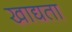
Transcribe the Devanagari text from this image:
खाद्यता